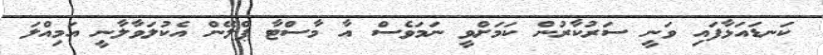
ކަނޑައަޅާފައި ވަނީ ސަރުކާރުން ކަމަށްވީ ނަމަވެސް އާ މާސްޓާ ޕްލޭން އެކުލަވާލާނީ އަމިއްލަ